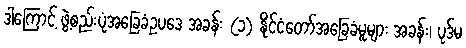
ဒါကြောင့် ဖွဲ့စည်းပုံအခြေခံဥပဒေ အခန်း (၁) နိုင်ငံတော်အခြေခံမူများ အခန်း၊ ပုဒ်မ